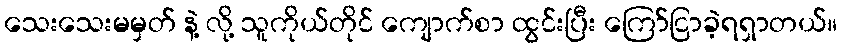
သေးသေးမမှတ် နဲ့ လို့ သူကိုယ်တိုင် ကျောက်စာ ထွင်းပြီး ကြော်ငြာခဲ့ရရှာတယ်။